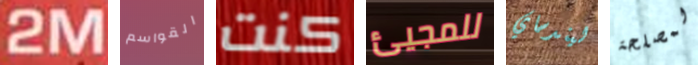
2M القواسم كنت للمجيئ ليندساي لمصلحة